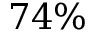
7 4 \%